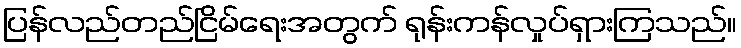
ပြန်လည်တည်ငြိမ်ရေးအတွက် ရုန်းကန်လှုပ်ရှားကြသည်။